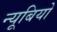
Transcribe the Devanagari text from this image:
न्यूबियो